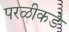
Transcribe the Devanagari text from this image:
परळीकडे